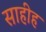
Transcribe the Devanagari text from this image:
साहीह